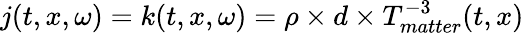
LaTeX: j(t,x,\omega)=k(t,x,\omega)=\rho\times d\times T_{matter}^{-3}(t,x)